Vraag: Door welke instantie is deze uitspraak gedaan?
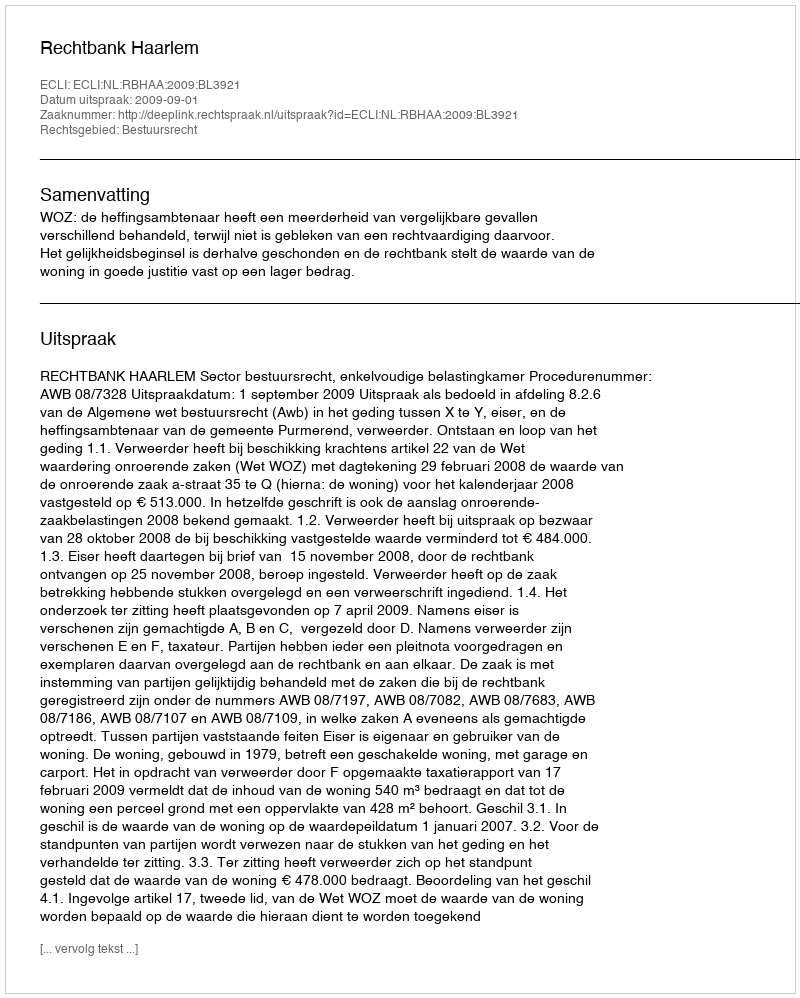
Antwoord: Rechtbank Haarlem